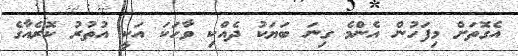
އެގޮތަށް މިފަހުން އެންމެ ގިނަ ބަޔަކު ދެއްކި ވާހަކަ އަކީ އުތުރު ކޮރެއާގެ